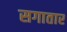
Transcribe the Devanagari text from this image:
सगातार